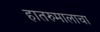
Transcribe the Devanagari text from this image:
हातरुमालाचा